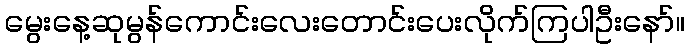
မွေးနေ့ဆုမွန်ကောင်းလေးတောင်းပေးလိုက်ကြပါဦးနော်။